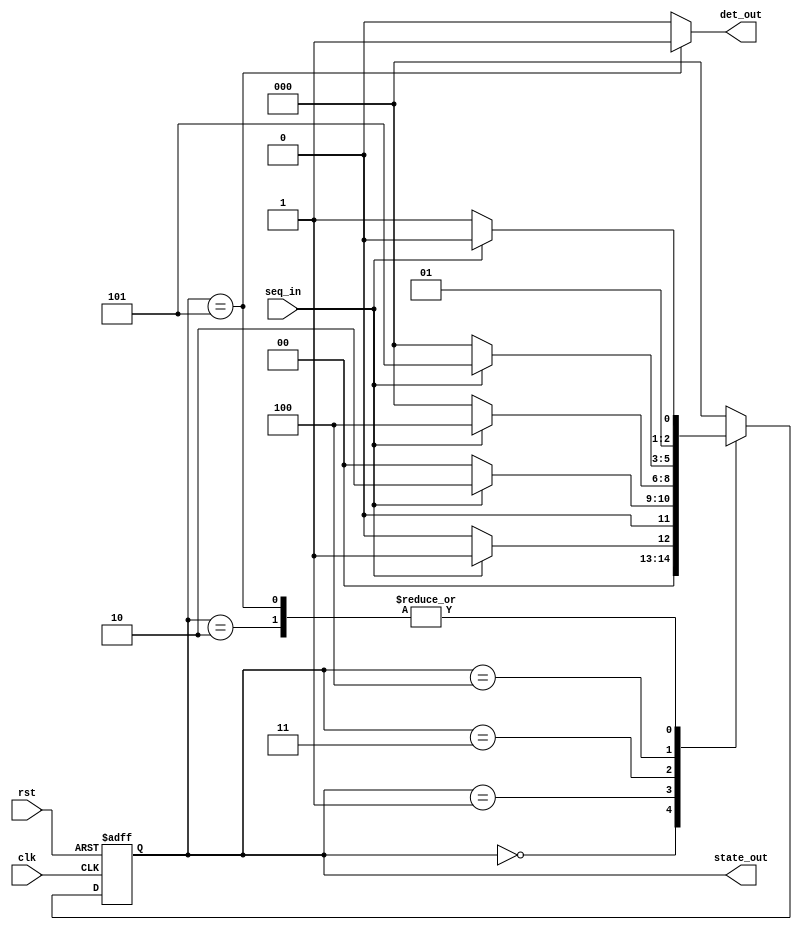
`timescale 1ns/100ps
//
// sequence detector for detecting 1011
// Moore FSM
//
module sd_moore(clk, rst, seq_in, det_out, state_out);
	input clk, rst, seq_in;
	output reg det_out;
	output [2:0] state_out;

	parameter  	
		s0=3'b000, 	// no valid bit
		s1=3'b001, 	// valid seq: 1
		s2=3'b010, 	// valid seq: 10
		s3=3'b011, 	// valid seq: 101
		s4=3'b100,	// valid seq: 1011
		s5=3'b101;	// valid seq: 1011
	reg [2:0] CS, NS;
	// CS: current state
	// NS: next state
	
	assign state_out = CS;
	
	// sequential part of the Moore FSM
	always @(posedge clk, posedge rst) begin
		#2
		if (rst==1) 
			CS = s0;
		else
			CS = NS;
	end 

	// combinational part of the Moore FSM
	// determine the next state
	always @(CS, seq_in) begin
		#2
		case (CS) 
			s0:	NS = (seq_in==1) ? s1 : s0;
			s1:	NS = (seq_in==1) ? s2 : s0;
			s2:	NS = (seq_in==1) ? s2 : s3;
			s3:	NS = (seq_in==1) ? s4 : s0;
			s4:	NS = (seq_in==1) ? s5 : s0;
			s5:	NS = (seq_in==1) ? s2 : s3;
			default: NS = s0;
		endcase
	end

	// combinational part of the Moore FSM
	// determine the detection output
	always @(CS) begin 
		#2
		case (CS) 
			s0: det_out = 0;
			s1: det_out = 0;
			s2: det_out = 0;
			s3: det_out = 0;
			s4: det_out = 0;
			s5: det_out = 1;
			default: det_out = 0;
		endcase
	end 
endmodule